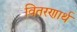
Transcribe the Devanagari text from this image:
वितरणार्थ